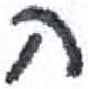
אות: ח